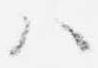
ハ